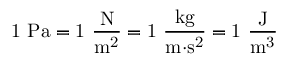
\mathrm { { 1 ~ P a = 1 ~ { \frac { N } { m ^ { 2 } } } = 1 ~ { \frac { k g } { m { \cdot } s ^ { 2 } } } = 1 ~ { \frac { J } { m ^ { 3 } } } } }